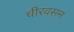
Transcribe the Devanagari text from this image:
चीरवसन